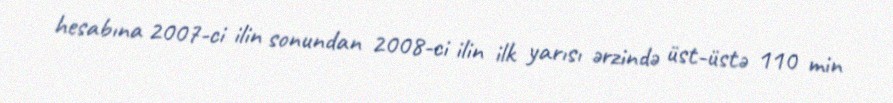
hesabına 2007-ci ilin sonundan 2008-ci ilin ilk yarısı ərzində üst-üstə 110 min